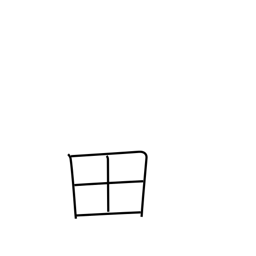
Meaning: rice field